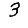
Digit: 3